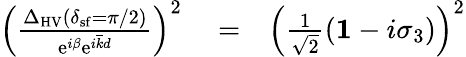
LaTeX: \begin{array}{rlr}{\left(\frac{\Delta_{\mathrm{HV}}(\delta_{\mathrm{sf}}=\pi/2)}{\mathrm{e}^{i\beta}\mathrm{e}^{i\overline{{k}}d}}\right)^{2}}&{{}=}&{\left(\frac{1}{\sqrt{2}}\left({\mathbf 1}-i\sigma_{3}\right)\right)^{2}}\end{array}